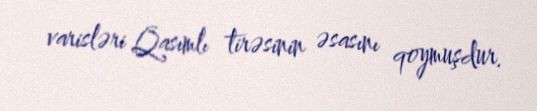
varisləri Qasımlı tirəsinin əsasını qoymuşdur.